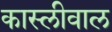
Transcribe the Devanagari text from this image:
कास्लीवाल